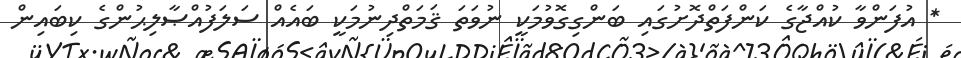
* އުފަންވާ ކުއްޖާގެ ކަންފަތްދޮށުގައި ބަންގިގޮވުމަކީ ނުވަތަ ޤަމަތްދިނުމަކީ ބައެއް ސަލަފުއްޞާލިޙުންގެ ކިބައިން